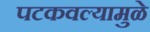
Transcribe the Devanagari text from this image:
पटकवल्यामुळे